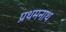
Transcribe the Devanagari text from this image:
प्रथमनाथ